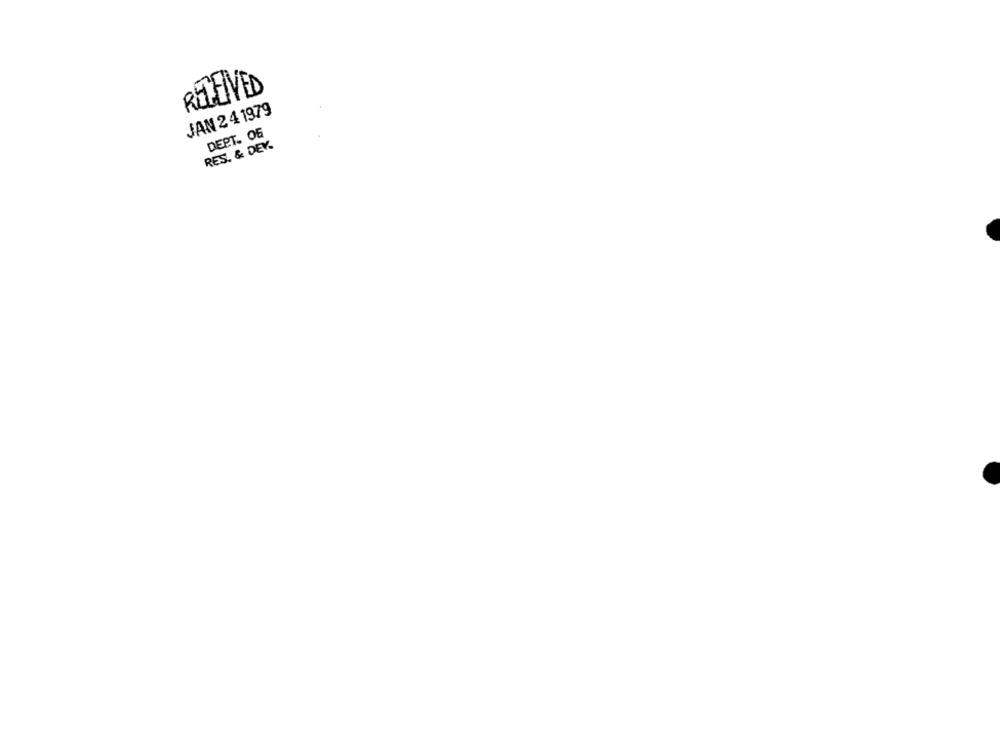
RECEIVED
JAN 2 41979
DEPT. 06
RES. & DEK.